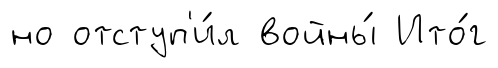
но отступ'и́л войны́ Ито́г